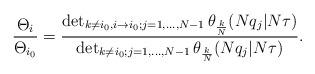
LaTeX: \begin{align*}{\Theta_{i}\over\Theta_{i_0}} = {\det_{k\neq i_0,i\to i_0;j=1,\dots,N-1}\theta_{k\over N}(Nq_j| N\tau)\over\det_{k\neq i_0;j=1,\dots,N-1}\theta_{k\over N}(Nq_j| N\tau)}.\end{align*}